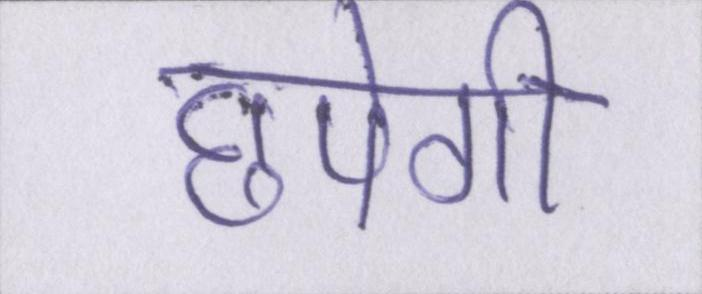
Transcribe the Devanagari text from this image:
छपेगी